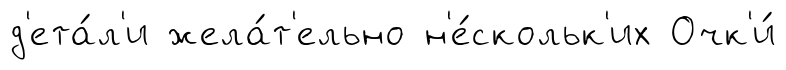
д'ета́л'и жела́т'ельно н'е́скольк'их Очк'и́